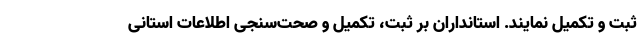
ثبت و تکمیل نمایند. استانداران بر ثبت، تکمیل و صحت‌سنجی اطلاعات استانی